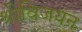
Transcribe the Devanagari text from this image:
श्रीविजयन